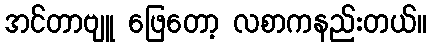
အင်တာဗျူ ဖြေတော့ လစာကနည်းတယ်။